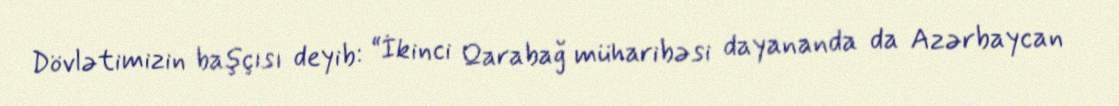
Dövlətimizin başçısı deyib: “İkinci Qarabağ müharibəsi dayananda da Azərbaycan